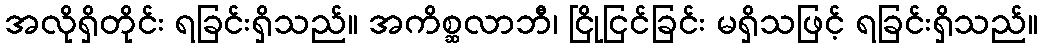
အလိုရှိတိုင်း ရခြင်းရှိသည်။ အကိစ္ဆလာဘီ၊ ငြိုငြင်ခြင်း မရှိသဖြင့် ရခြင်းရှိသည်။